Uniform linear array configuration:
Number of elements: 24
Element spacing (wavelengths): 1
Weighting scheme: hamming
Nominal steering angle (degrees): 30
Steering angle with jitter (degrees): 28.947
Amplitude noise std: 0.05
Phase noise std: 0.05

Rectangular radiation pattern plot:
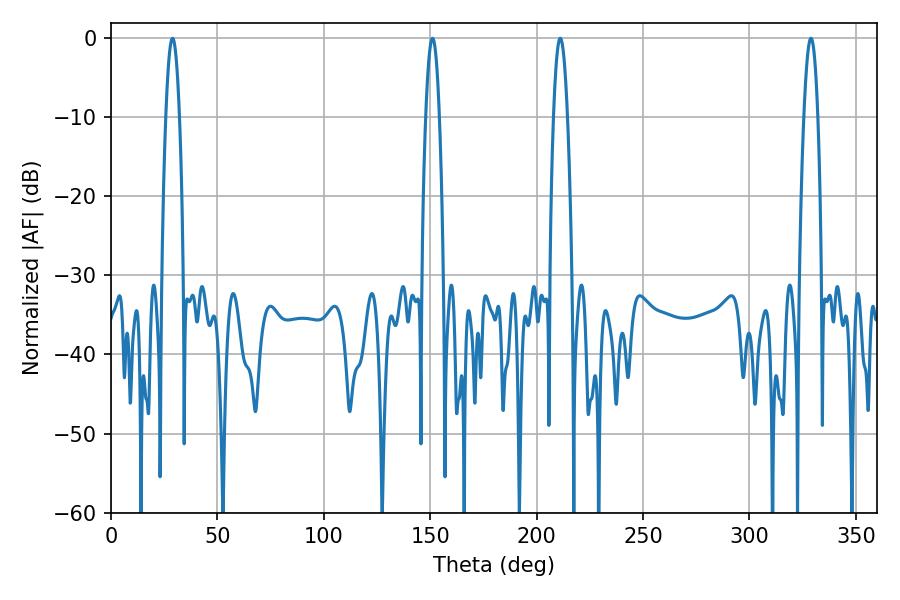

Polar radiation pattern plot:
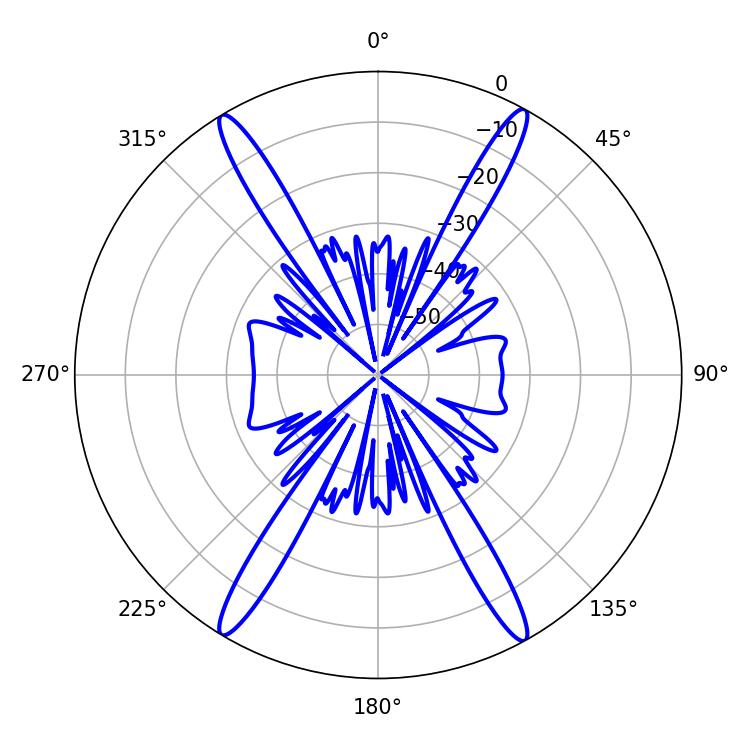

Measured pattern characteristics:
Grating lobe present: TRUE
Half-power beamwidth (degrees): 3.6
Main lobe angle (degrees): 211.14